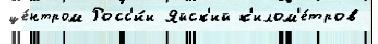
це́нтром Росс'и́и Яйск'ий к'илом'е́тров